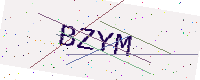
Text: BZYM